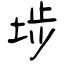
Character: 埗